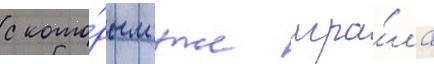
с кото́рым уже игра́ла